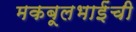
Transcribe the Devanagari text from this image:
मकबूलभाईंची